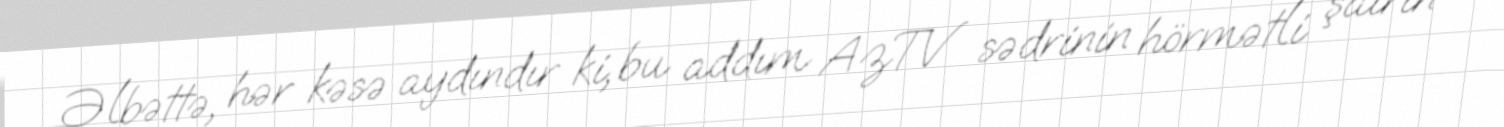
Əlbəttə, hər kəsə aydındır ki, bu addım AzTV sədrinin hörmətli şairin